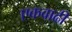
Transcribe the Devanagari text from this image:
एकवाढी